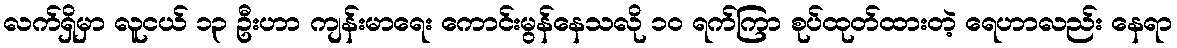
လက်ရှိမှာ လူငယ် ၁၃ ဦးဟာ ကျန်းမာရေး ကောင်းမွန်နေသလို ၁၀ ရက်ကြာ စုပ်ထုတ်ထားတဲ့ ရေဟာလည်း နေရာ